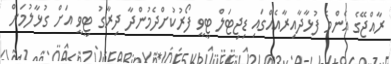
ރާއްޖޭގެ އެންމެ ފުޅާދާއިރާއެއްގައި ޑިޖިޓަލް ޓީވީ ފޯރުކުށްދެމުންދާ ދިރާގު ޓީވީ އަށް ގުޅާލުމަށް